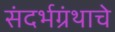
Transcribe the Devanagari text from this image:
संदर्भग्रंथाचे